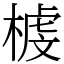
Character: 榩